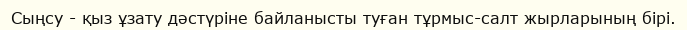
Сыңсу - қыз ұзату дәстүріне байланысты туған тұрмыс-салт жырларының бірі.